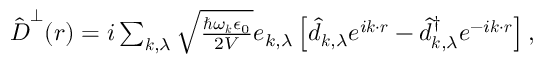
\begin{array} { r } { \hat { \boldsymbol D } ^ { \perp } ( \boldsymbol r ) = i \sum _ { \boldsymbol k , \lambda } \sqrt { \frac { \hbar \omega _ { \boldsymbol k } \epsilon _ { 0 } } { 2 V } } \boldsymbol e _ { k , \lambda } \left[ \hat { d } _ { \boldsymbol k , \lambda } e ^ { i \boldsymbol k \cdot \boldsymbol r } - \hat { d } _ { \boldsymbol k , \lambda } ^ { \dagger } e ^ { - i \boldsymbol k \cdot \boldsymbol r } \right] , } \end{array}